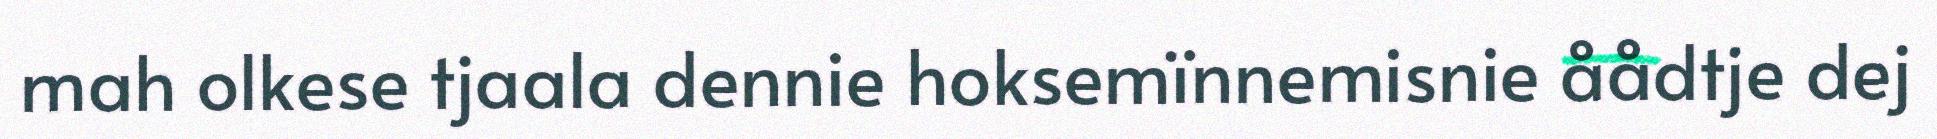
mah olkese tjaala dennie hoksemïnnemisnie åådtje dej